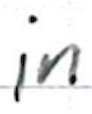
Text: in
Cross-out: clean
Writing tool: ballpoint